Annual administration report of the Civil Veterinary Department of India - 1893-1894
Year: 1893
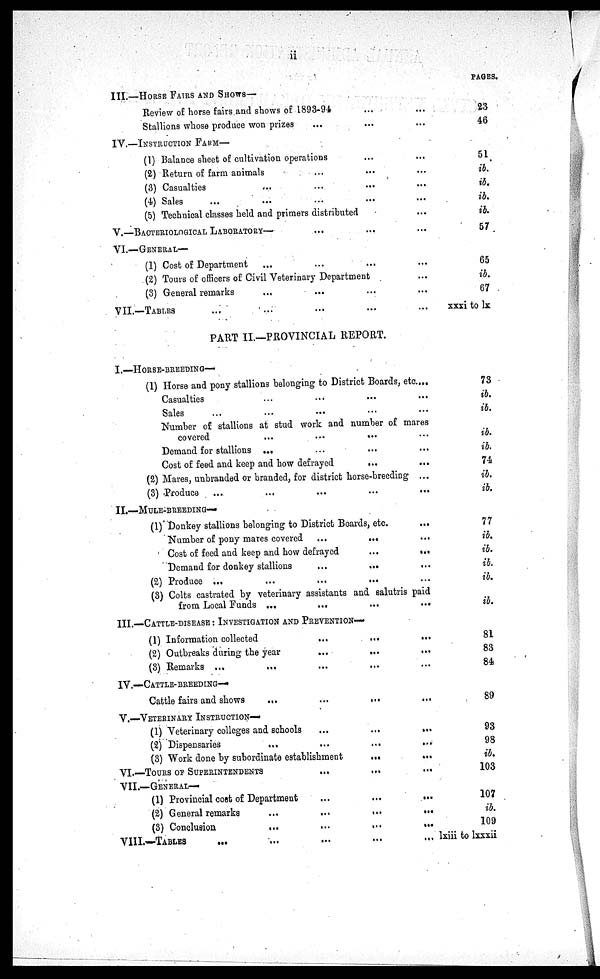
ii
III.—HORSE FAIRS AND SHOWS—
Review of horse fairs and shows of 1893-94 … …
Stallions whose produce won prizes … … …
IV.—INSTRUCTION
FARM—
(1) Balance sheet of cultivation operations … …
(2) Return of farm animals … … …
(3) Casualties … … … …
(4) Sales … … … … …
(5) Technical classes held and primers distributed …
V.—BACTERIOLOGICAL
LABORATORY— ... … …
VI.—GENERAL—
(1) Cost of Department … … … …
(2) Tours of officers of Civil Veterinary Department …
(3) General remarks ... ... … …
VII.—TABLES … … … … …
PART II.—PROVINCIAL REPORT.
I.—HORSE-BREEDING—
(1) Horse and pony stallions belonging to District Boards, etc....
Casualties … … … …
Sales … … … … …
Number of stallions at stud work and number of mares
covered
...
...
... …
Demand for stallions ... … … …
Cost of feed and keep and how defrayed
... …
(2) Mares, unbranded or branded, for district horse-breeding ...
(3) Produce
... … … … …
II.—MULE-BREEDING—
(1) Donkey stallions belonging to District Boards, etc. …
Number of pony mares covered ...
...
...
Cost of feed and keep and how defrayed
...
...
Demand for donkey stallions
...
... …
(2) Produce ...
...
...
... …
(3) Colts castrated by veterinary assistants and salutris paid
from Local Funds ...
...
...
...
III.—CATTLE DISEASE : INVESTIGATION AND PREVENTION—
(1) Information collected
...
...
...
(2) Outbreaks during the year
...
... … … …
(3) Remarks ... … … … …
IV.—CATTLE-BREEDING—
Cattle fairs and shows
...
...
...
...
V.—VETERINARY INSTRUCTION—
(1) Veterinary colleges and schools
...
...
...
(2) Dispensaries
...
...
...
...
(3) Work done by subordinate establishment
...
...
VI.—TOURS OF SUPERINTENDENTS … … …
VII.—GENERAL—
(1) Provincial cost of Department
...
...
...
(2) General remarks
...
...
...
...
(3) Conclusion
... … … …
VIII.—TABLES … … … … …
PAGES.
23
46
51
ib.
ib.
ib.
ib.
57
65
ib.
67
xxxi to lx
73
ib.
ib.
ib.
ib.
74
ib.
ib.
77
ib.
ib.
ib.
ib.
ib.
81
83
84
89
93
98
ib.
103
107
ib.
109
lxiii to lxxxii